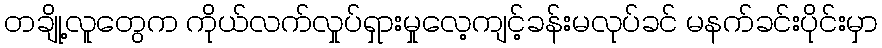
တချို့လူတွေက ကိုယ်လက်လှုပ်ရှားမှုလေ့ကျင့်ခန်းမလုပ်ခင် မနက်ခင်းပိုင်းမှာ